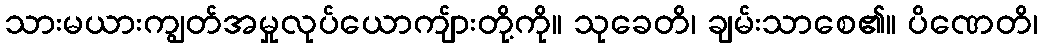
သားမယားကျွတ်အမှုလုပ်ယောကျ်ားတို့ကို။ သုခေတိ၊ ချမ်းသာစေ၏။ ပိဏေတိ၊